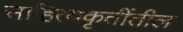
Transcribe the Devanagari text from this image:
साहित्यकृतींतील